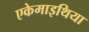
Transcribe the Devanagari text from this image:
एकेमाइथिया